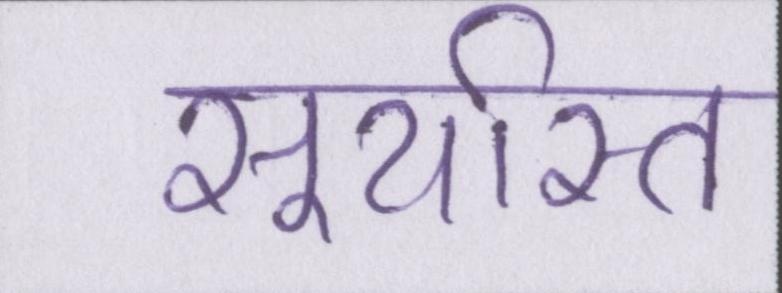
सूर्यास्त